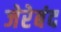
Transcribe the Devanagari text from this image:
जेरेबंद